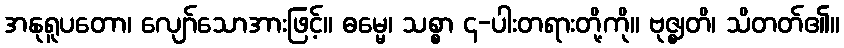
အနုရူပတော၊ လျော်သောအားဖြင့်။ ဓမ္မေ၊ သစ္စာ ၄-ပါးတရားတို့ကို။ ဗုဇ္ဈတိ၊ သိတတ်၏။